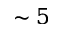
\sim 5